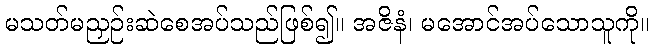
မသတ်မညှဉ်းဆဲစေအပ်သည်ဖြစ်၍။ အဇိနံ၊ မအောင်အပ်သောသူကို။